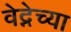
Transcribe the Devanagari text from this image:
वेद्नेच्या